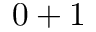
0 + 1